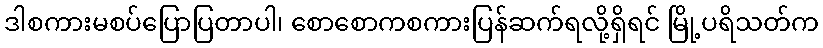
ဒါစကားမစပ်ပြောပြတာပါ၊ စောစောကစကားပြန်ဆက်ရလို့ရှိရင် မြို့ပရိသတ်က